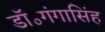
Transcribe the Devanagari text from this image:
डॉ॰गंगासिंह